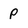
Character: P